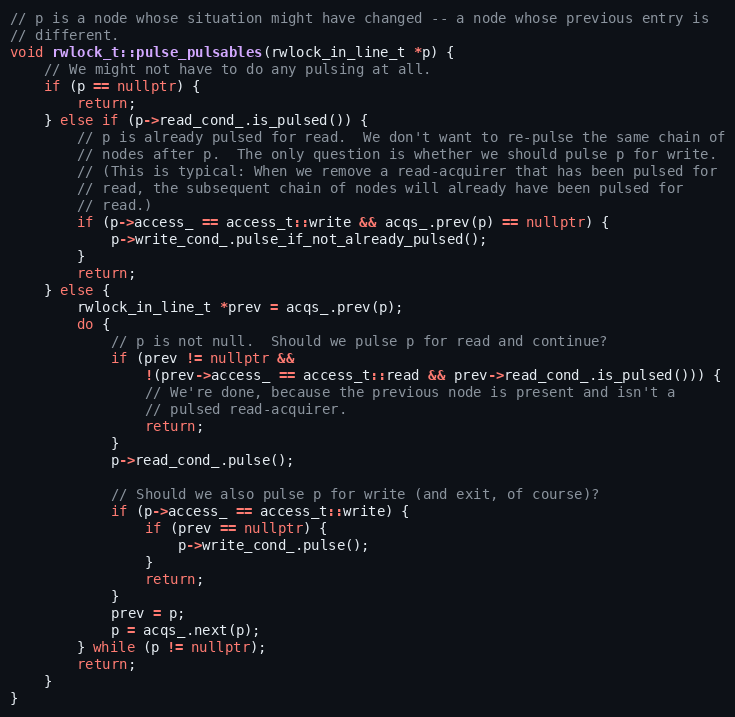
Language: C++
// p is a node whose situation might have changed -- a node whose previous entry is
// different.
void rwlock_t::pulse_pulsables(rwlock_in_line_t *p) {
    // We might not have to do any pulsing at all.
    if (p == nullptr) {
        return;
    } else if (p->read_cond_.is_pulsed()) {
        // p is already pulsed for read.  We don't want to re-pulse the same chain of
        // nodes after p.  The only question is whether we should pulse p for write.
        // (This is typical: When we remove a read-acquirer that has been pulsed for
        // read, the subsequent chain of nodes will already have been pulsed for
        // read.)
        if (p->access_ == access_t::write && acqs_.prev(p) == nullptr) {
            p->write_cond_.pulse_if_not_already_pulsed();
        }
        return;
    } else {
        rwlock_in_line_t *prev = acqs_.prev(p);
        do {
            // p is not null.  Should we pulse p for read and continue?
            if (prev != nullptr &&
                !(prev->access_ == access_t::read && prev->read_cond_.is_pulsed())) {
                // We're done, because the previous node is present and isn't a
                // pulsed read-acquirer.
                return;
            }
            p->read_cond_.pulse();

            // Should we also pulse p for write (and exit, of course)?
            if (p->access_ == access_t::write) {
                if (prev == nullptr) {
                    p->write_cond_.pulse();
                }
                return;
            }
            prev = p;
            p = acqs_.next(p);
        } while (p != nullptr);
        return;
    }
}